Annual report on the health of the army in India
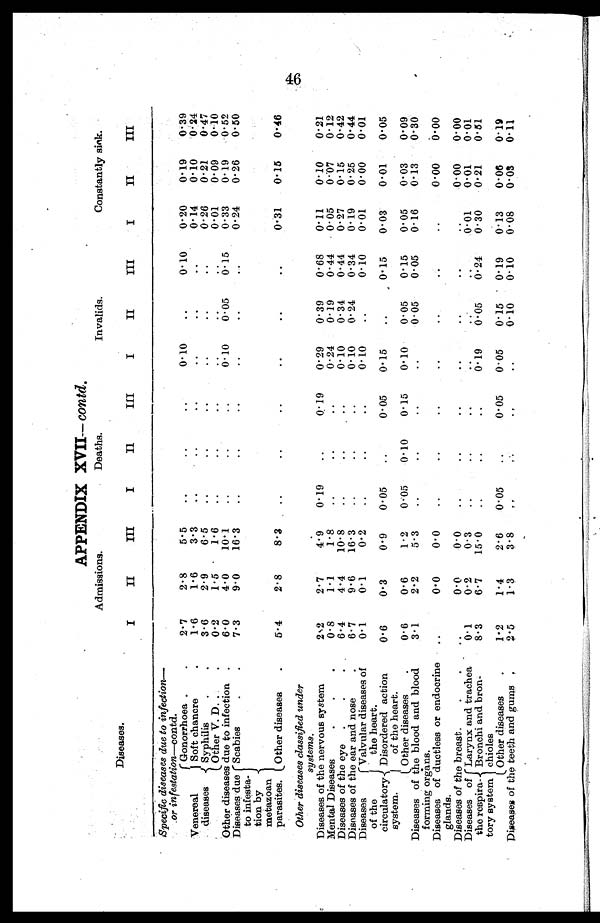
APPENDIX XVII— contd.
Diseases.
Admissions.
Deaths.
Invalids.
Constantly sick.
I
II
III
I
II
III
I
II
III
I
II
III
Specific diseases due to infection
—
or infestation— contd.
Venereal
.diseases
Gonorrhoea .
.
2.7
2.8
5.5
..
..
..
0.10
..
0.10
0.20
0.19
0. 39
Soft chancre
1.6
1.6
3.3
..
..
..
..
..
..
0.14
0.10
0. 24
Syphilis
.
.
3.6
2.9
6.5
..
..
. .
..
..
..
0.26
0.21
0.47
Other V. D..
0.2
1.5
1.6
..
..
..
..
..
..
0.01
0.09
0.10
Other diseases due to infection .
6.0
4.0
10.1
..
..
..
0 . 1 0
0.05
0.15
0.33
0.19
0.52
Diseases due
to infesta
¬tion by
metazoan
parasites.
Scabies
.
.
7.3
9.0
16.3
..
..
..
..
..
..
0.24
0.26
0.50
Other diseases
.
5.4
2.8
8.3
..
..
..
..
..
..
0.31
0.15
0.46
Other diseases classified under
systems.
Diseases of the nervous system
2.2
2.7
4.9
0.19
..
0.19
0.29
0.39
0.68
0.11
0.10
0.21
Mental Diseases...
0 . 8
1.1
1.8
..
..
..
0.24
0.19
0.44
0.05
0.07
0.12
Diseases of the eye .
.
.
6.4
4.4
10.8
..
..
..
0.10
0.34
0.44
0.27
0.15
0.42
Diseases of the ear and nose
6.7
9.6
16.3
..
..
..
0.10
0.24
0.34
0.19
0.25
0.44
Diseases
of the
circulatory
system.
Valvular diseases of
the heart.
0.1
0.1
0.2
..
..
..
0.10
..
0.10
0.01
0.00
0.01
Disordered action
of the heart.
0.6
0.3
0.9
0.05
..
0.05
0.15
..
0.15
0.03
0.01
0.05
Other diseases
.
0.6
0.6
1.2
0.05
0.10
0.15
0.10
0.05
0.15
0.05
0.03
0.09
Diseases of the blood and blood
forming organs.
3.1
2.2
5.3
..
..
..
..
0.05
0.05
0.16
0.13
0.30
Diseases of ductless or endocrine
glands.
..
0.0
0.0
..
..
..
..
..
..
..
0.00
0.00
Diseases of the breast.
.
..
0.0
0.0
..
..
..
..
..
..
..
0 00
.
0.00
Diseases
of the respira
¬tory system
Larynx and trachea
0.1
0.2
0.3
..
..
..
..
..
..
0.01
0.01
0.01
Bronchi and bron
¬chioles
8.3
6.7
15.0
..
..
..
0.19
0.05
0.24
0.30
0.21
0.51
Other diseases
.
1.2
1.4
2.6
0.05
..
0.05
0.05
0.15
0.19
0.13
0.06
0.19
Diseases of the teeth and gums .
2.5
1.3
3.8
. .
. .
. .
..
0.10
0.10
0.08
0.03
0.11